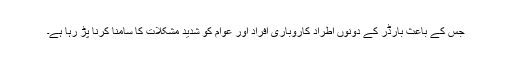
جس کے باعث بارڈر کے دونوں اطراد کاروباری افراد اور عوام کو شدید مشکلات کا سامنا کرنا پڑ رہا ہے۔